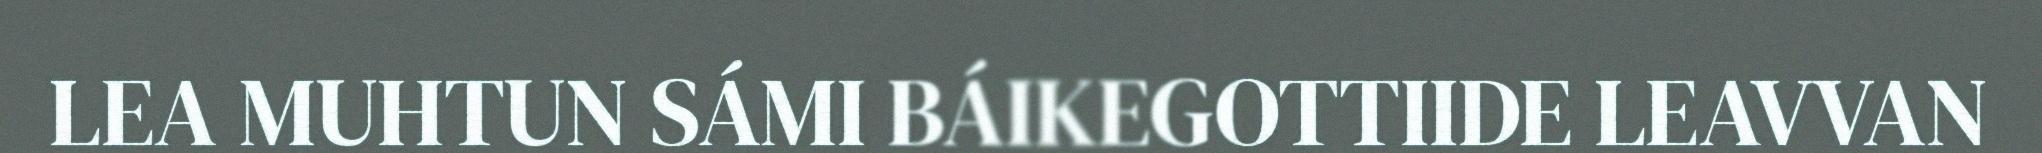
LEA MUHTUN SÁMI BÁIKEGOTTIIDE LEAVVAN